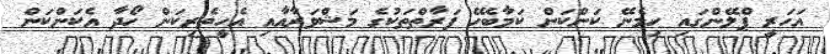
އަހަރީ ޕްލޭންގައި ހިމެނޭ ކަންކަން ކަމާބެހޭ ފަރާތްތަކުގެ މަޝްވަރާއާއި އެހީތެރިކަން ހޯދާ އެކަންކަން